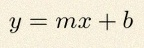
y=mx+b